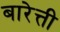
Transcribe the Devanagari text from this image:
बारेत्ती